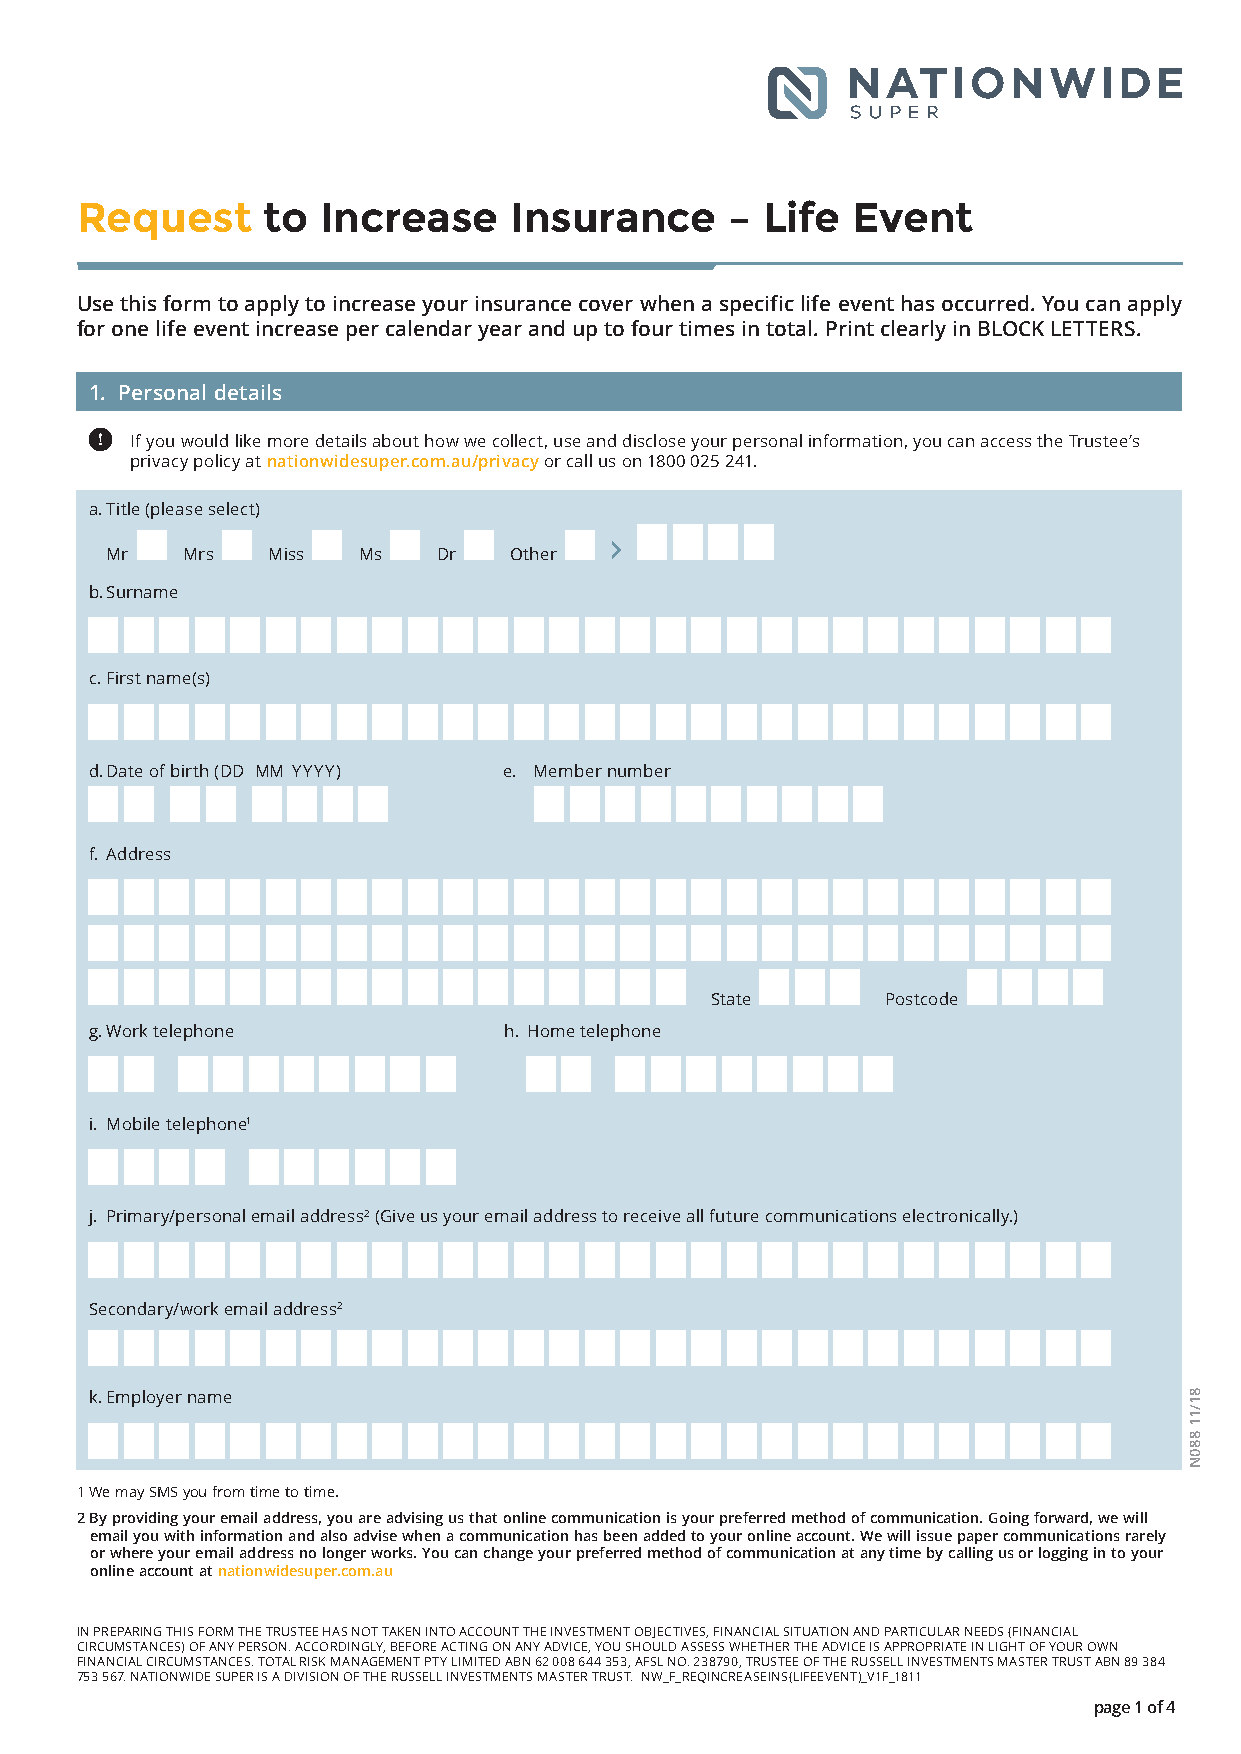
Request     to  Increase     Insurance     –  Life Event
 Use this form to apply to increase your insurance cover when a specific life event has occurred. You can apply
 for one life event increase per calendar year and up to four times in total. Print clearly in BLOCK LETTERS.
 1. Personal details
 If you would like more details about how we collect, use and disclose your personal information, you can access the Trustee’s
 privacy policy at nationwidesuper.com.au/privacy or call us on 1800 025 241.
 a. Title (please select)
 Mr   Mrs   Miss  Ms   Dr   Other
 b. Surname
 c. First name(s)
 d. Date of birth (DD MM YYYY) e. Member number
 f. Address
 State       Postcode
 g. Work telephone          h. Home telephone
 i. Mobile telephone1
 j. Primary/personal email address2 (Give us your email address to receive all future communications electronically.)
 Secondary/work email address2
 k. Employer name
 1 We may SMS you from time to time.
 2 By providing your email address, you are advising us that online communication is your preferred method of communication. Going forward, we will
 email you with information and also advise when a communication has been added to your online account. We will issue paper communications rarely
 or where your email address no longer works. You can change your preferred method of communication at any time by calling us or logging in to your
 online account at nationwidesuper.com.au
 IN PREPARING THIS FORM THE TRUSTEE HAS NOT TAKEN INTO ACCOUNT THE INVESTMENT OBJECTIVES, FINANCIAL SITUATION AND PARTICULAR NEEDS (FINANCIAL
 CIRCUMSTANCES) OF ANY PERSON. ACCORDINGLY, BEFORE ACTING ON ANY ADVICE, YOU SHOULD ASSESS WHETHER THE ADVICE IS APPROPRIATE IN LIGHT OF YOUR OWN
 FINANCIAL CIRCUMSTANCES. TOTAL RISK MANAGEMENT PTY LIMITED ABN 62 008 644 353, AFSL NO. 238790, TRUSTEE OF THE RUSSELL INVESTMENTS MASTER TRUST ABN 89 384
 753 567. NATIONWIDE SUPER IS A DIVISION OF THE RUSSELL INVESTMENTS MASTER TRUST. NW_F_REqINCREASEINS(LIFEEVENT)_V1F_1811
 page 1 of 4
 81/11
 880N